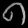
Digit: ၈